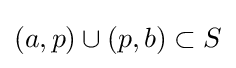
(a,p)\cup (p,b)\subset S